Civil Veterinary Department. United Provinces 1912-22 - 1912-1922
Year: 1912
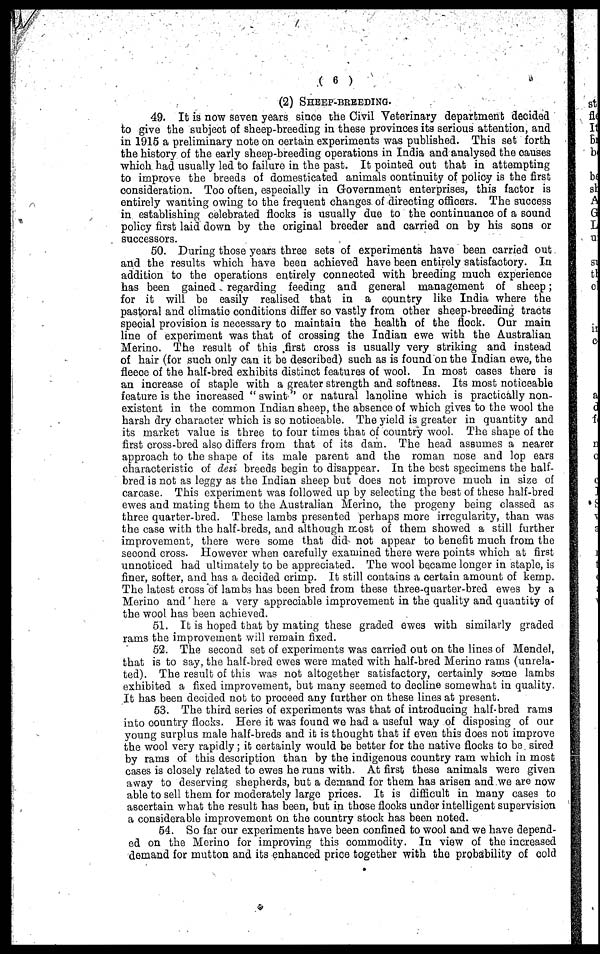
(6)
(2) SHEEP-BREEDING.
49. It is now seven years since the Civil Veterinary department decided
to give the subject of sheep-breeding in these provinces its serious attention, and
in 1915 a preliminary note on certain experiments was published. This set forth
the history of the early sheep-breeding operations in India and analysed the causes
which had usually led to failure in the past. It pointed out that in attempting
to improve the breeds of domesticated animals continuity of policy is the first
consideration. Too often, especially in Government enterprises, this factor is
entirely wanting owing to the frequent changes of directing officers. The success
in establishing celebrated flocks is usually due to the continuance of a sound
policy first laid down by the original breeder and carried on by his sons or
successors.
50. During those years three sets of experiments have been carried out
and the results which have been achieved have been entirely satisfactory. In
addition to the operations entirely connected with breeding much experience
has been gained regarding feeding and general management of sheep;
for it will be easily realised that in a country like India where the
pastoral and climatic conditions differ so vastly from other sheep-breeding tracts
special provision is necessary to maintain the health of the flock. Our main
line of experiment was that of crossing the Indian ewe with the Australian
Merino. The result of this first cross is usually very striking and instead
of hair (for such only can it be described) such as is found on the Indian ewe, the
fleece of the half-bred exhibits distinct features of wool. In most oases there is
an increase of staple with a greater strength and softness. Its most noticeable
feature is the increased "swint" or natural lanoline which is practically non-
existent in the common Indian sheep, the absence of which gives to the wool the
harsh dry character which is so noticeable. The yield is greater in quantity and
its market value is three to four times that of country wool. The shape of the
first cross-bred also differs from that of its dam. The head assumes a nearer
approach to the shape of its male parent and the roman nose and lop ears
characteristic of desi breeds begin to disappear. In the best specimens the half-
bred is not as leggy as the Indian sheep but does not improve much in size of
carcase. This experiment was followed up by selecting the best of these half-bred
ewes and mating them to the Australian Merino, the progeny being classed as
three quarter-bred. These lambs presented perhaps more irregularity, than was
the case with the half-breds, and although most of them showed a still further
improvement, there were some that did not appear to benefit much from the
second cross. However when carefully examined there were points which at first
unnoticed had ultimately to be appreciated. The wool became longer in staple, is
finer, softer, and has a decided crimp. It still contains a certain amount of kemp.
The latest cross of lambs has been bred from these three-quarter-bred ewes by a
Merino and here a very appreciable improvement in the quality and quantity of
the wool has been achieved.
51. It is hoped that by mating these graded ewes with similarly graded
rams the improvement will remain fixed.
52. The second set of experiments was carried out on the lines of Mendel,
that is to say, the half-bred ewes were mated with half-bred Merino rams (unrela-
ted). The result of this was not altogether satisfactory, certainly some lambs
exhibited a fixed improvement, but many seemed to decline somewhat in quality.
It has been decided not to proceed any further on these lines at present.
53. The third series of experiments was that of introducing half-bred rams
into country flocks. Here it was found we had a useful way of disposing of our
young surplus male half-breds and it is thought that if even this does not improve
the wool very rapidly; it certainly would be better for the native flocks to be sired
by rams of this description than by the indigenous country ram which in most
cases is closely related to ewes he runs with. At first these animals were given
away to deserving shepherds, but a demand for them has arisen and we are now
able to sell them for moderately large prices. It is difficult in many cases to
ascertain what the result has been, but in those flocks under intelligent supervision
a considerable improvement on the country stock has been noted.
54. So far our experiments have been confined to wool and we have depend-
ed on the Merino for improving this commodity. In view of the increased
demand for mutton and its enhanced price together with the probability of cold